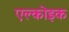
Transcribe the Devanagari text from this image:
एल्कोइक